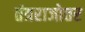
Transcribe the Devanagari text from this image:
तंत्रराजोत्तर